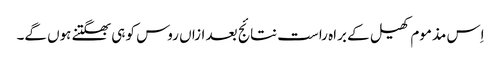
اِس مذموم کھیل کے براہ راست نتائج بعد ازاں روس کو ہی بھگتنے ہوں گے۔